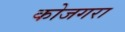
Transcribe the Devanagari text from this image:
कोजगरा